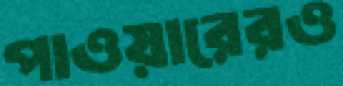
পাওয়ারেরও